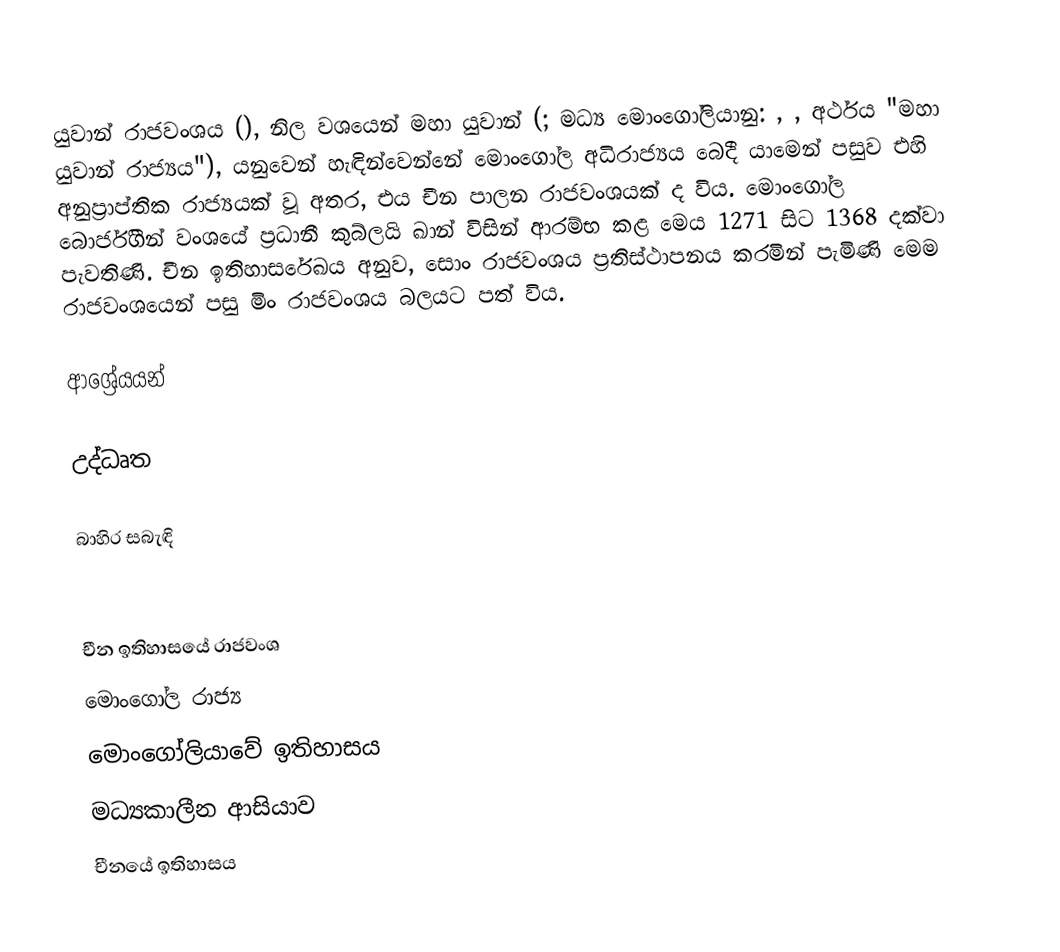
යුවාන් ‍රාජවංශය (), නිල වශයෙන් මහා යුවාන් (; මධ්‍ය මොංගෝලියානු: , , අර්ථය "මහා යුවාන් ‍රාජ්‍යය"), යනුවෙන් හැඳින්වෙන්නේ මොංගෝල අධිරාජ්‍යය බෙදී යාමෙන් පසුව එහි අනුප්‍රාප්තික රාජ්‍යයක් වූ අතර, එය චීන පාලන රාජවංශයක් ද විය. මොංගෝල බොර්ජිගින් වංශයේ ප්‍රධානී කුබ්ලයි ඛාන් විසින් ආරම්භ කළ මෙය 1271 සිට 1368 දක්වා පැවතිණි.  චීන ඉතිහාසරේඛය අනුව, සොං රාජවංශය ප්‍රතිස්ථාපනය කරමින් පැමිණි මෙම රාජවංශයෙන් පසු මිං රාජවංශය බලයට පත් විය.

ආශ්‍රේයයන්

උද්ධෘත

බාහිර සබැඳි

චීන ඉතිහාසයේ රාජවංශ
මොංගෝල රාජ්‍ය
මොංගෝලියාවේ ඉතිහාසය
මධ්‍යකාලීන ආසියාව
චීනයේ ඉතිහාසය